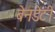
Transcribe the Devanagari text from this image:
बेनडेटी